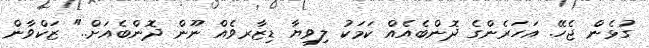
ގުޅެން ޖެހޭ. އަހަރެންގެ ދޮންބެއެއް ކަމަކު ލިވިޔާ ޑިޒާރވެއް ނޫން ދޮންބެއަށް.." ޒަކްވާން